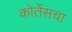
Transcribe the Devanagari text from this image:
कोर्तेसचा